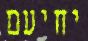
יחיעם